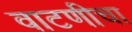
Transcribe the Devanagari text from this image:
वाटणीचा